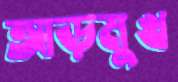
আড়মুখ